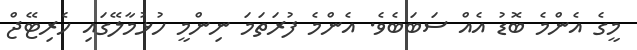
މީގެ އެންމެ ބޮޑު އެއް ސަބަބެވެ. އެންމެ ފުރަތަމަ ނިންމީ ހުޅުމާލޭގައި ހެރިޓޭޖް